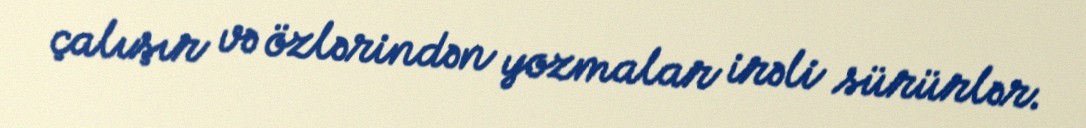
çalışır və özlərindən yozmalar irəli sürürlər.